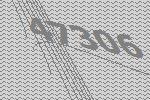
47306